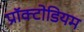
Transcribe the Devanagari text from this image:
प्रॉक्टोडियम